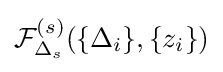
{\mathcal {F}}_{\Delta _{s}}^{(s)}(\{\Delta _{i}\},\{z_{i}\})